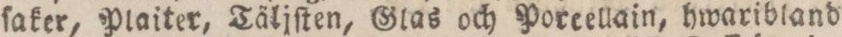
ſaker, Plaiter, Täljſten, Glas och Porcellain, hwaribland